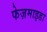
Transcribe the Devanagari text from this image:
फेज़माइडा